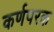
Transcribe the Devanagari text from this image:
कर्णपरक